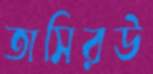
তাসিরউ